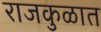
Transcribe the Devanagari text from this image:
राजकुळात